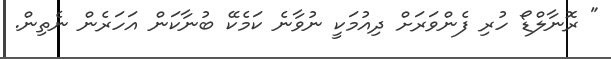
" ރޮނާލްޑޯ ހުރި ފެންވަރަށް ދިއުމަކީ ނުވާނެ ކަމެކޭ ބުނާކަން އަހަރެން ނެތިން.